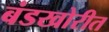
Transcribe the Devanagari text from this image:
बंडखोरीत